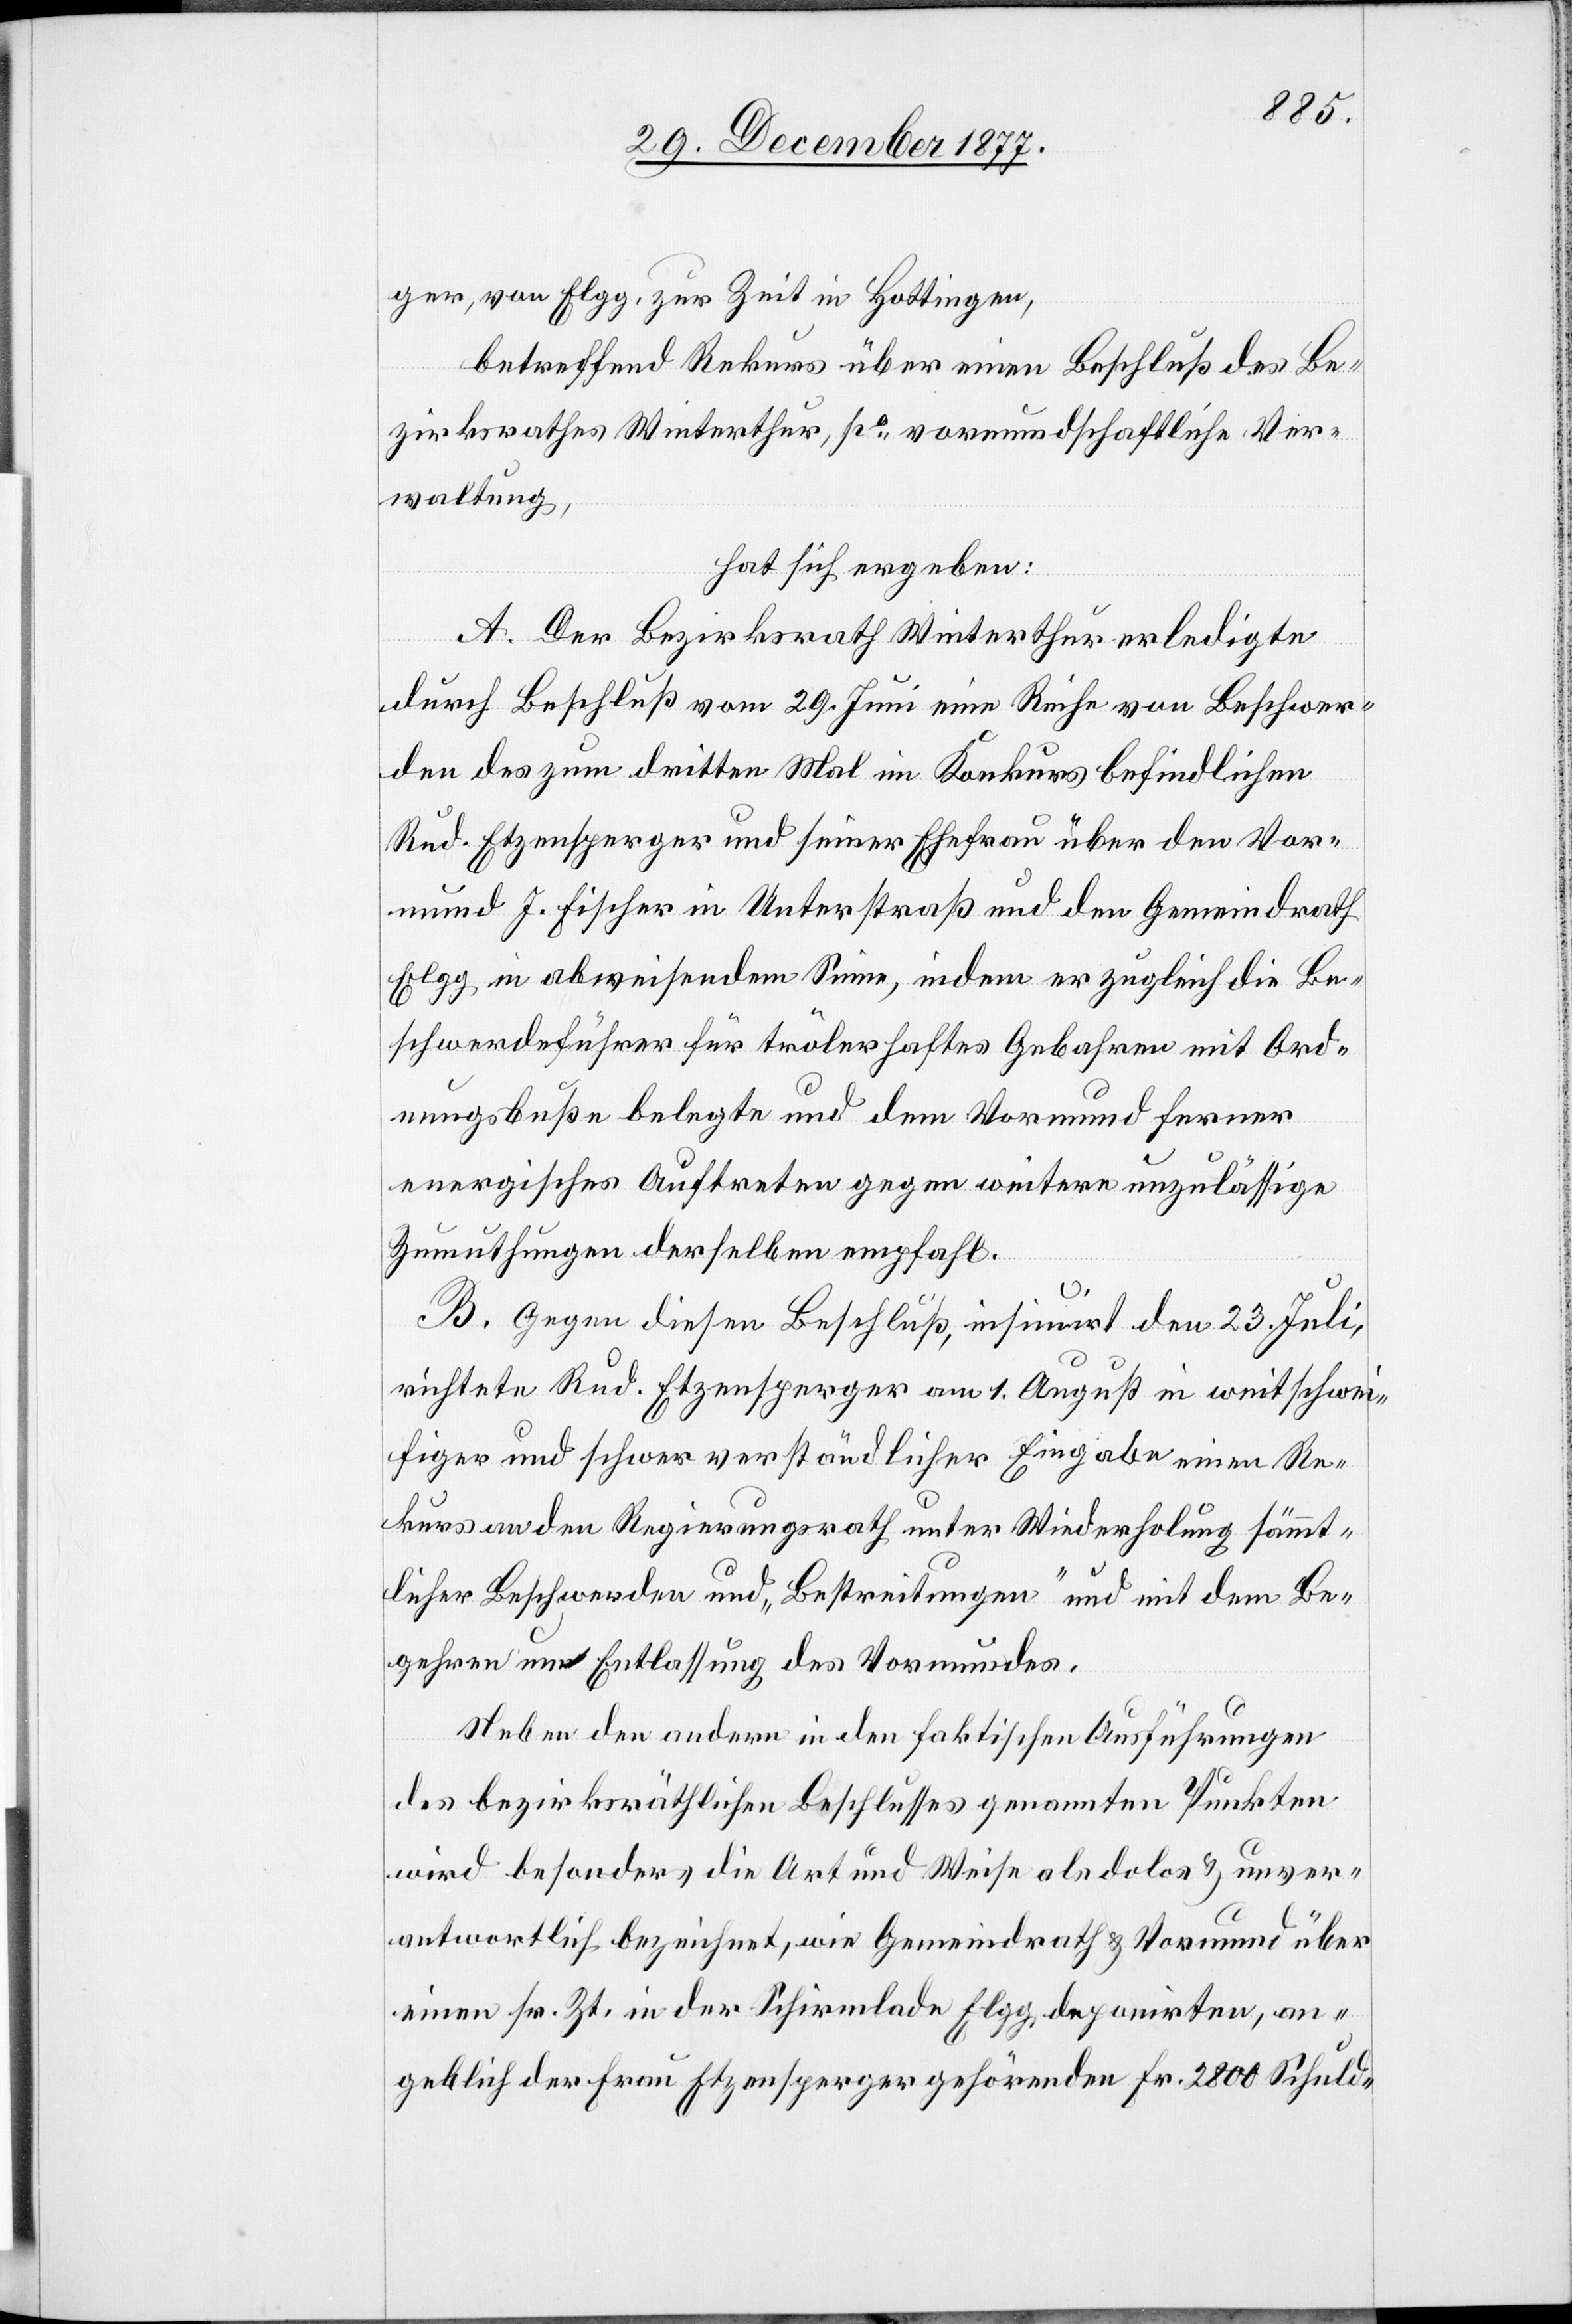
ger, von Elgg, zur Zeit in Hottingen,
betreffend Rekurs über einen Beschluß des Be¬
zirksrathes Winterthur, po vormundschaftliche Ver¬
waltung,
hat sich ergeben:
A. Der Bezirksrath Winterthur erledigte
durch Beschluß vom 29. Juni eine Reihe von Beschwer¬
den des zum dritten Mal im Konkurs befindlichen
Rud. Etzensperger und seiner Ehefrau über den Vor¬
mund J. Fischer in Unterstraß und den Gemeindrath
Elgg in abweisendem Sinne, indem er zugleich die Be¬
schwerdeführer für trölerhaftes Gebahren mit Ord¬
nungsbuße belegte und dem Vormund ferner
energisches Auftreten gegen weitere unzulässige
Zumuthungen derselben empfahl.
B. Gegen diesen Beschluß, insinuirt den 23. Juli,
richtete Rud. Etzensperger am 1. August in weitschwei¬
figer und schwer verständlicher Eingabe einen Re¬
kurs an den Regierungsrath unter Wiederholung sämmt¬
licher Beschwerden und „Bestreitungen“ und mit dem Be¬
gehren um Entlassung des Vormundes.
Neben den andern in den faktischen Ausführungen
des bezirksräthlichen Beschlusses genannten Punkten
wird besonders die Art und Weise als dolos & unver¬
antwortlich bezeichnet, wie Gemeindrath & Vormund über
einen sr. Zt. in der Schirmlade Elgg deponirten, an¬
geblich der Frau Etzensperger gehörenden Fr. 2800 Schuld-